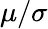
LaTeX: \mu/\sigma